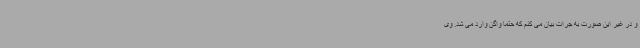
و در غیر این صورت به جرات بیان می کنم که حتما واگن وارد می شد. وی